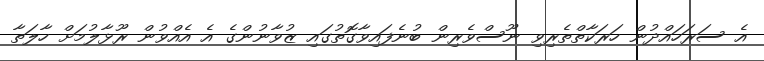
އެ ސަރަހައްދުން ހަރަކާތްތެރިވި ނޫސްވެރިން ބުނެފައިވާގޮތުގައި ޒުވާނުންގެ އެ އެއްވުން ރޫޅާލުމަށް ހާލަތާ